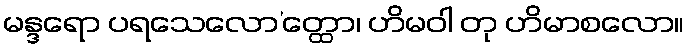
မန္ဒရော ပရသေလော’တ္ထော၊ ဟိမဝါ တု ဟိမာစလော။